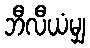
ဘီလီယံမျှ